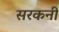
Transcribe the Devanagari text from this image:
सरकनी